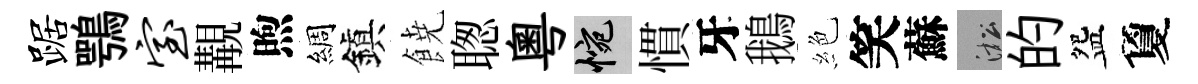
踞鶚室覯煦綢鎭𩜙聦粵惋慣牙鵝絶笑蘇淞的盌夐